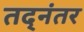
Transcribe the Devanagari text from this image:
तद्‌नंतर